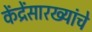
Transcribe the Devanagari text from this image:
केंद्रेंसारख्यांचे